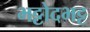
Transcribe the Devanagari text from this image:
भट्टोदभट्ट